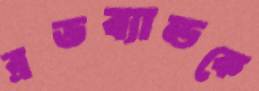
ব্রডব্যান্ডকে